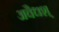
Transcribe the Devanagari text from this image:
अवैधश्